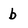
Character: b